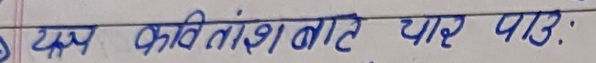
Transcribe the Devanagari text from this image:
यस कवितांश बाटै चार पाउ: